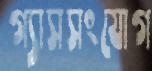
গ্যাসসংযোগ